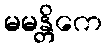
မမန္တိကေ